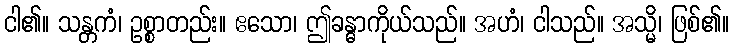
ငါ၏။ သန္တကံ၊ ဥစ္စာတည်း။ ဧသော၊ ဤခန္ဓာကိုယ်သည်။ အဟံ၊ ငါသည်။ အသ္မိ၊ ဖြစ်၏။